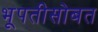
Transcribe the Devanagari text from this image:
भूपतीसोबत